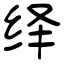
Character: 绎